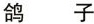
鸽 子